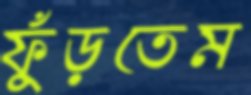
ফুঁড়তেম